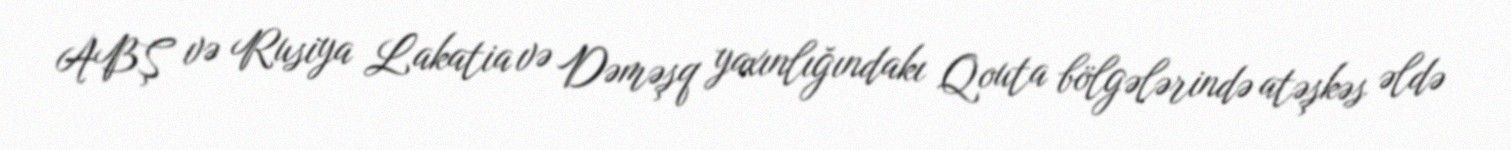
ABŞ və Rusiya Lakatia və Dəməşq yaxınlığındakı Qouta bölgələrində atəşkəs əldə